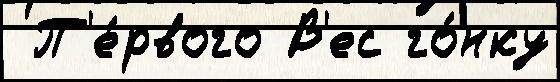
 П'е́рвого В'ес го́нку